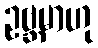
ဥဗ္ဘမာဟု